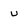
Character: u